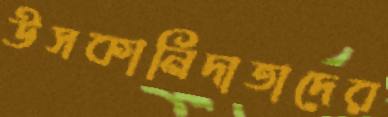
উসকানিদাতাদের